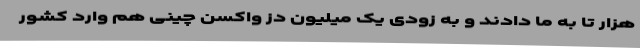
هزار تا به ما دادند و به زودی یک میلیون دُز واکسن چینی هم وارد کشور